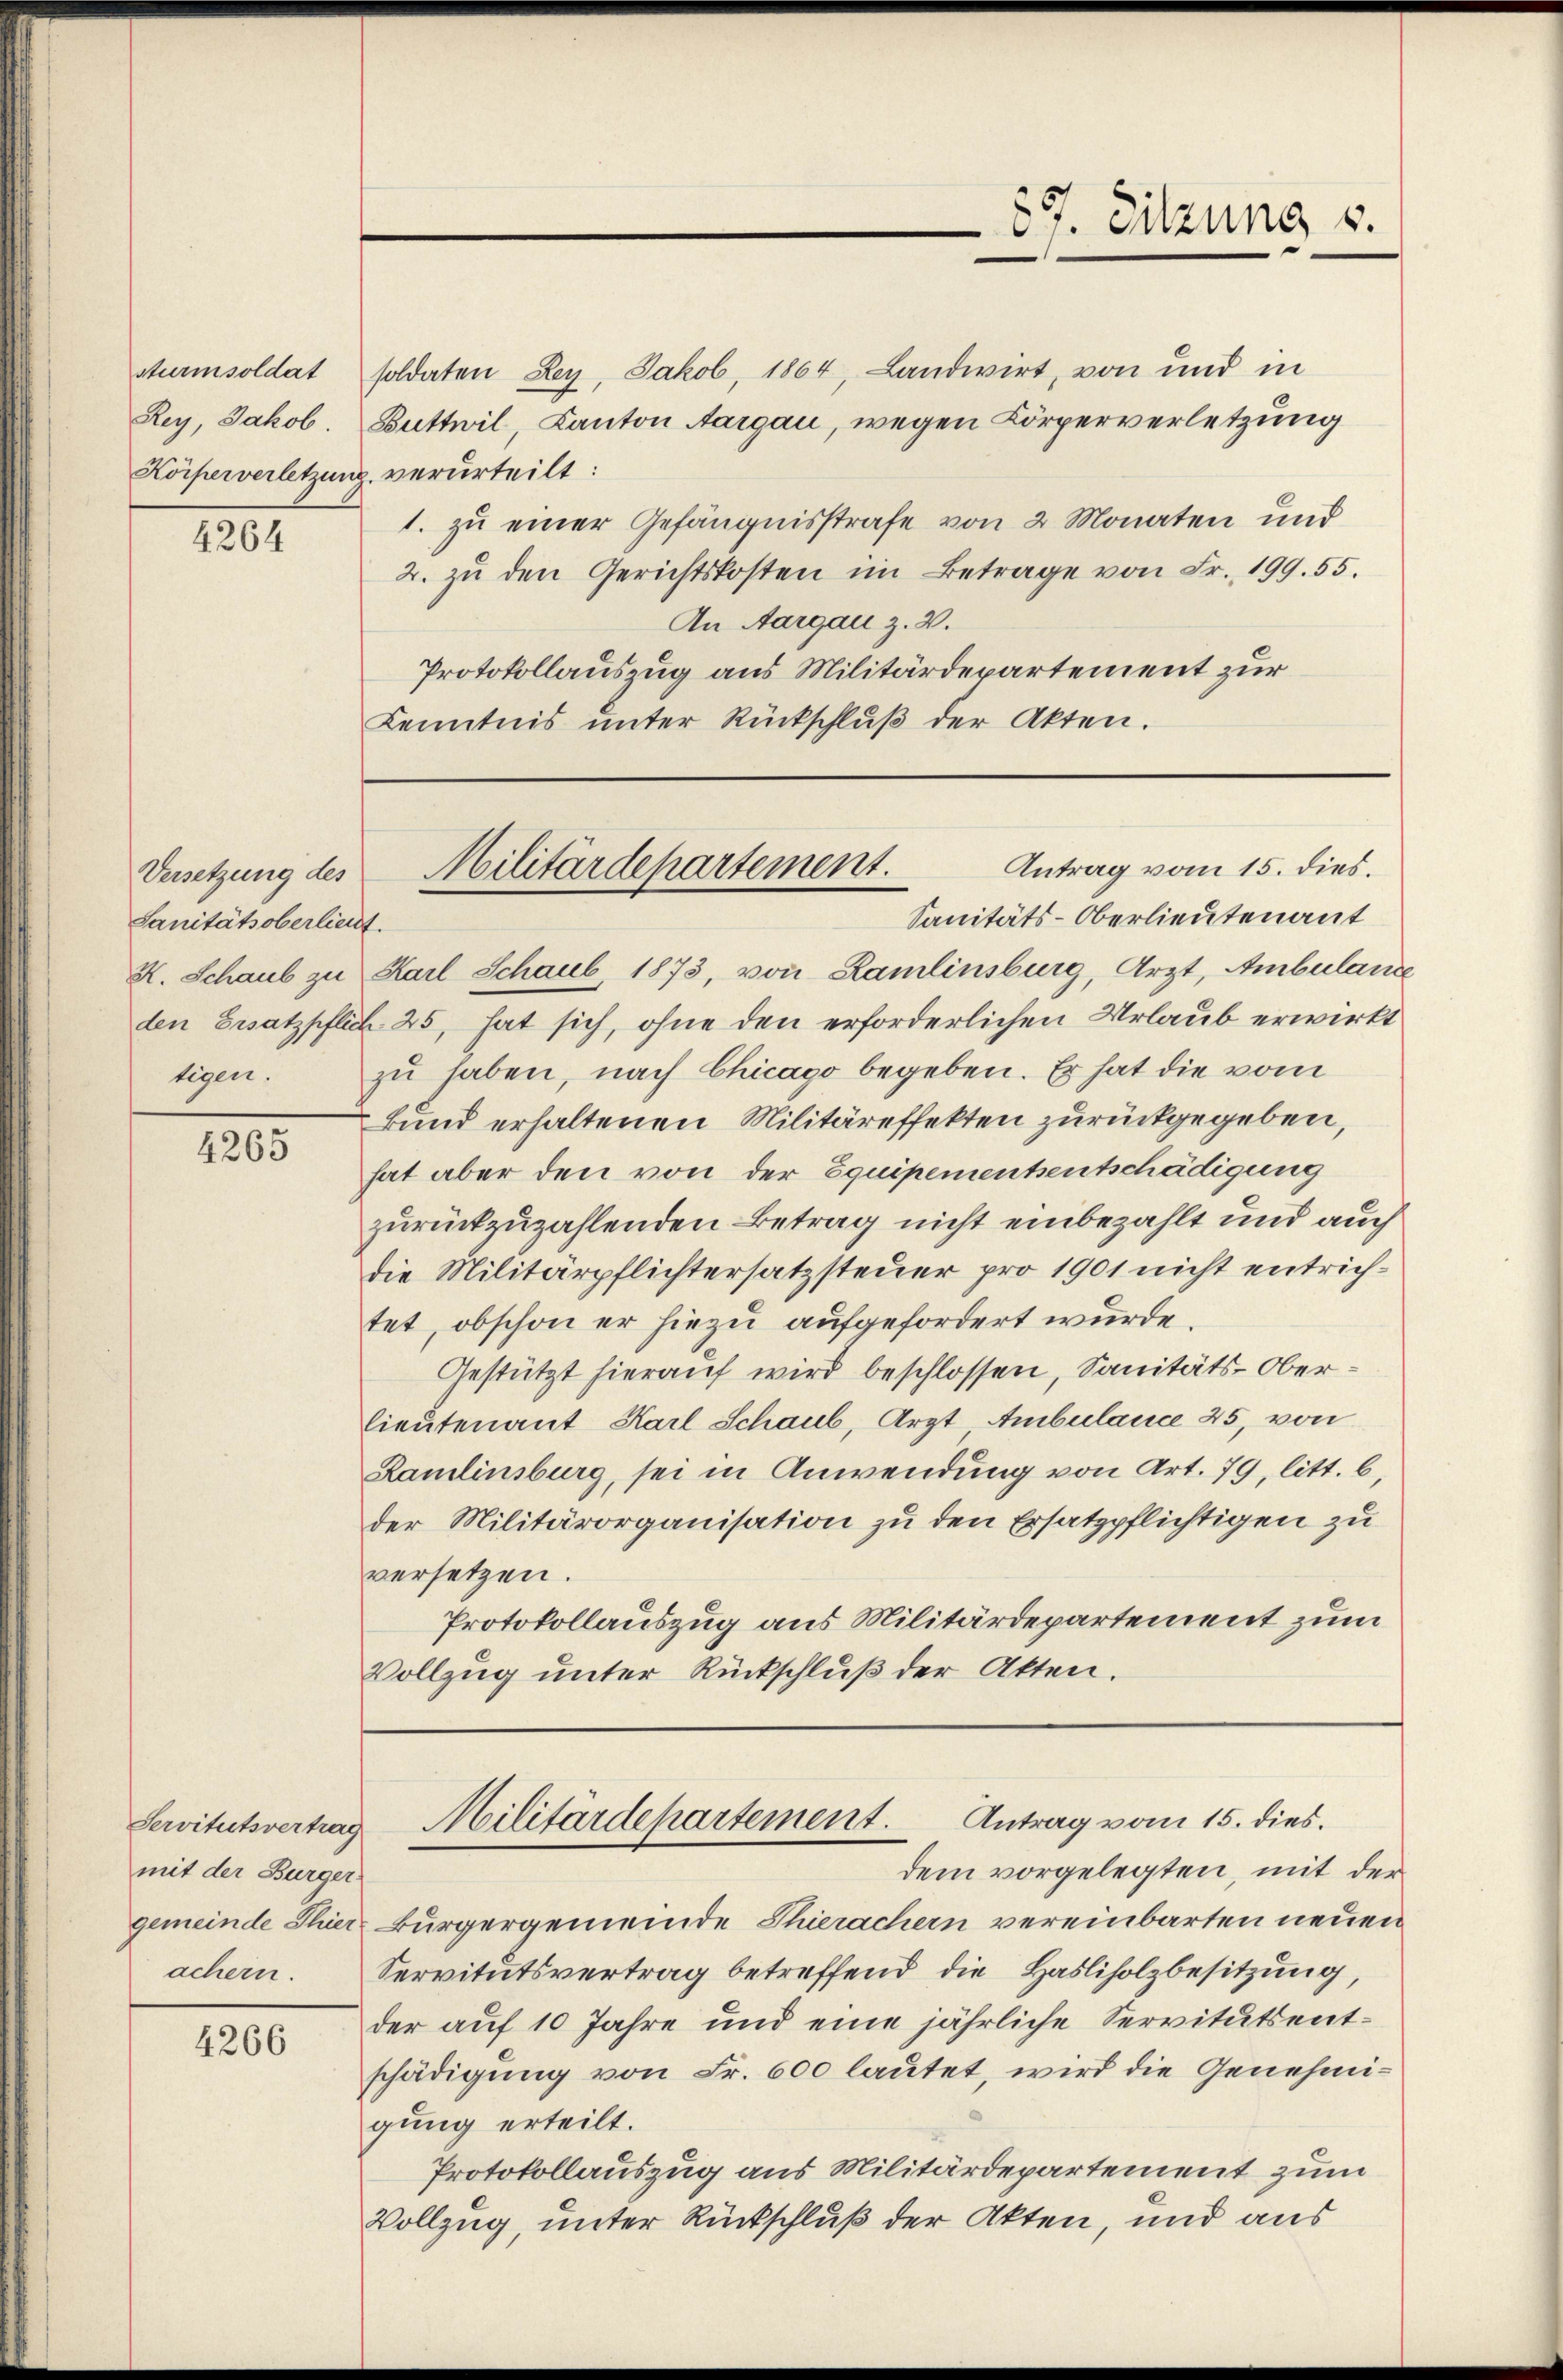
sturmsoldat
Rey, Jakob.
Körperverletzun

4264

Versetzung des
Sanitätsoberlieut.
K. Schaub zu
tigen.

4265

mit der Bürger
achern.

4266

soldaten Ley, Jakob, 1864, Landwirt, von und in
Duttwil, Canton Aargau, wegen Körperverletzung
g. verurteilt:
1. zu einer Gefängnisstrafe von 2 Monaten und
2. zŭ den Gerichtskosten im Betrage von Fr. 199. 55.
An Aargau z. B.
Protokollauszug aus Militärdepartement zur
Kenntnis unter Rückschlŭβ der Akten.

Sanitäts-Oberlieutenant
Karl Schaub. 1873, von Ramlinsburg, Arzt, Ambulane
den Ersatzpflich 25, hat sich, ohne den erforderlichen Urlaub erwirkt
zu haben, nach Chicago begeben. Er hat die vom
Bund erhaltenen Militäreffekten zurückgegeben,
hat aber den von der Equipementsentschädigung
zurückzuzahlenden Betrag nicht einbezahlt und auch
die Militärpflichtersatzsteuer pro 1901 nicht entrichtet, obschon er hiezu aufgefordert wurde.
Gestützt hierauf wird beschlossen, Sanitäts-Oberlieutenant Karl Schaub, Arzt Ambulance 25, von
Ramlinsburg, sei in Anwendung von Art. 79, litt. b,
der Militärorganisation zu den Ersatzpflichtigen zu
versetzen.
Protokollauszug aus Militärdepartement zum
Vollzug unter Rückschluß der Akten.

87. Sitzung u.

Antrag vom 15. dies.
Militärdepartement.

dem vorgelegten, mit der
gemeinde Thier Bürgergemeinde Thierachern vereinbarten neuen
Servitutsvertrag betreffend die Hasliholzbesitzung,
der auf 10 Jahre und eine jährliche Servituts entschädigung von Fr. 600 lautet, wird die Genehmigung erteilt.
Protokollauszug aus Militärdepartement zum
Vollzug, unter Rückschluß der Akten, und aus

Servitutsvertrag Militärdepartement. Antrag vom 15. dies